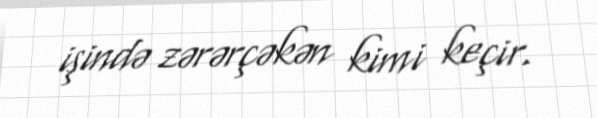
işində zərərçəkən kimi keçir.